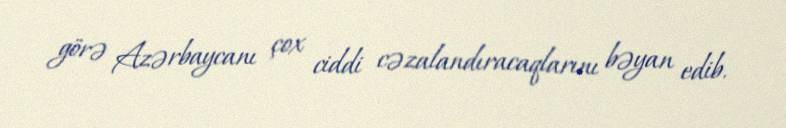
görə Azərbaycanı çox ciddi cəzalandıracaqlarını bəyan edib.